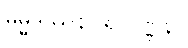
ဓမ္မဒဿနဝါရ ဝဏ္ဏနာ